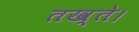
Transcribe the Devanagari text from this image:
तख्ते।